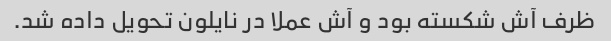
ظرف آش شکسته بود و آش عملا در نایلون تحویل داده شد.